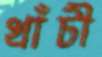
খাঁটী